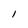
Character: I